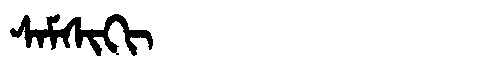
Manchu: ᠰᠠᠮᠰᡳᡴᡳ
Romanization: SAMSIKI